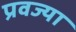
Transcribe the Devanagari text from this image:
प्रवज्या